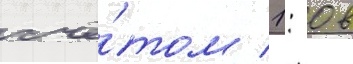
счё́том 1: 0 в